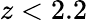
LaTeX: z<2.2